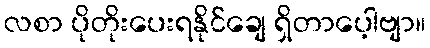
လစာ ပိုတိုးပေးရနိုင်ချေ ရှိတာပေ့ါဗျာ။